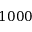
1 0 0 0